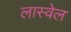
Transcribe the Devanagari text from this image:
लास्वेल